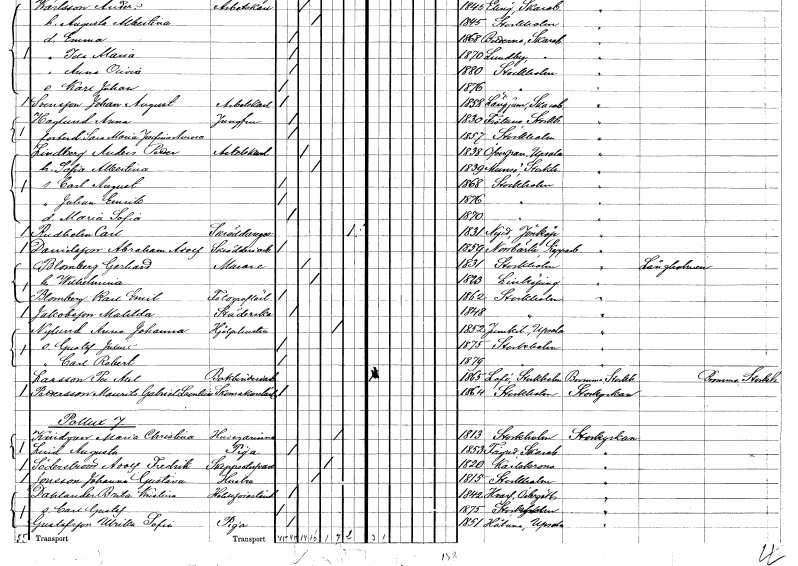
gt_parse: households: individuals: FN: Anna
EN: Haglund
YRKE: Jungfru
KON: K
CIV: O
FODAR: 1830
FODFORS: Frötuna Stockholms län
FN: Sara Maria Josefina Aurora
KON: K
CIV: O
FODAR: 1857
FODFORS: Stockholm
FN: Anders Petter
EN: Lindberg
YRKE: Arbetskarl
KON: M
CIV: G
FODAR: 1838
FODFORS: Övergran Uppsala län
FN: Sofia Albertina
KON: K
CIV: G
FODAR: 1839
FODFORS: Munsö Stockholms län
FN: Carl August
KON: M
CIV: O
FODAR: 1868
FODFORS: Stockholm
FN: Johan Emrik
KON: M
CIV: O
FODAR: 1876
FODFORS: Stockholm
FN: Maria Sofia
KON: K
CIV: O
FODAR: 1870
FODFORS: Stockholm
FN: Carl
EN: Rudholm
YRKE: Skräddaregesäll
KON: M
CIV: X
FODAR: 1831
FODFORS: Nye Jönköpings län
FN: Abraham Adolf
EN: Danielsson
YRKE: Skrädderiarbetare
KON: M
CIV: O
FODAR: 1859
FODFORS: Norrbärke Kopparbergs län
FN: Gerhard
EN: Blomberg
YRKE: Murare
KON: M
CIV: G
FODAR: 1831
FODFORS: Stockholm
FN: Wilhelmina
KON: K
CIV: G
FODAR: 1823
FODFORS: Linköping Östergötlands län
FN: Karl Emil
EN: Blomberg
YRKE: Fotograflärling
KON: M
CIV: O
FODAR: 1862
FODFORS: Stockholm
FN: Matilda
EN: Jakobsson
YRKE: Städerska
KON: K
CIV: O
FODAR: 1848
FODFORS: Stockholm
FN: Anna Johanna
EN: Nylund
YRKE: Hjälphustru
KON: K
CIV: E
FODAR: 1852
FODFORS: Jumkil Uppsala län
FN: Gustaf Julius
KON: M
CIV: O
FODAR: 1875
FODFORS: Stockholm
FN: Carl Robert
KON: M
CIV: O
FODAR: 1879
FODFORS: Stockholm
FN: Per Axel
EN: Larsson
YRKE: Bokbinderiarbetare
KON: M
CIV: O
FODAR: 1865
FODFORS: Lovö Stockholms län
FN: Mauritz Gabriel Leontius
EN: Pettersson
YRKE: Skomakarelärling
KON: M
CIV: O
FODAR: 1864
FODFORS: Stockholm
FN: Maria Christina
EN: Kindgren
YRKE: Husägarinna
KON: K
CIV: E
FODAR: 1813
FODFORS: Stockholm
FN: Augusta
EN: Lind
YRKE: Piga
KON: K
CIV: O
FODAR: 1853
FODFORS: Fägre Skaraborgs län
FN: Adolf Fredrik
EN: Söderström
YRKE: Skeppsstuvare
KON: M
CIV: E
FODAR: 1820
FODFORS: Karlskrona Blekinge län
FN: Johanna Gustava
EN: Jonsson
YRKE: Hustru
KON: K
CIV: G
FODAR: 1815
FODFORS: Stockholm
FN: Brita Kristina
EN: Dahlander
YRKE: Hotellförestånderska
KON: K
CIV: O
FODAR: 1842
FODFORS: Varv Östergötlands län
FN: Carl Gustaf
KON: M
CIV: O
FODAR: 1875
FODFORS: Stockholm
FN: Ulrika Sofia
EN: Gustafsson
YRKE: Piga
KON: K
CIV: O
FODAR: 1851
FODFORS: Håtuna Stockholms län